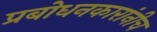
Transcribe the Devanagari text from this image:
प्रबोधनकारांनीच